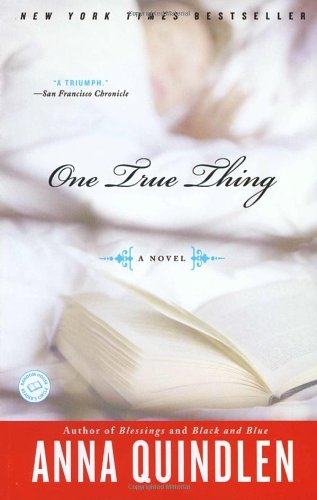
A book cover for One True Thing: A Novel; Anna Quindlen; Literature & Fiction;